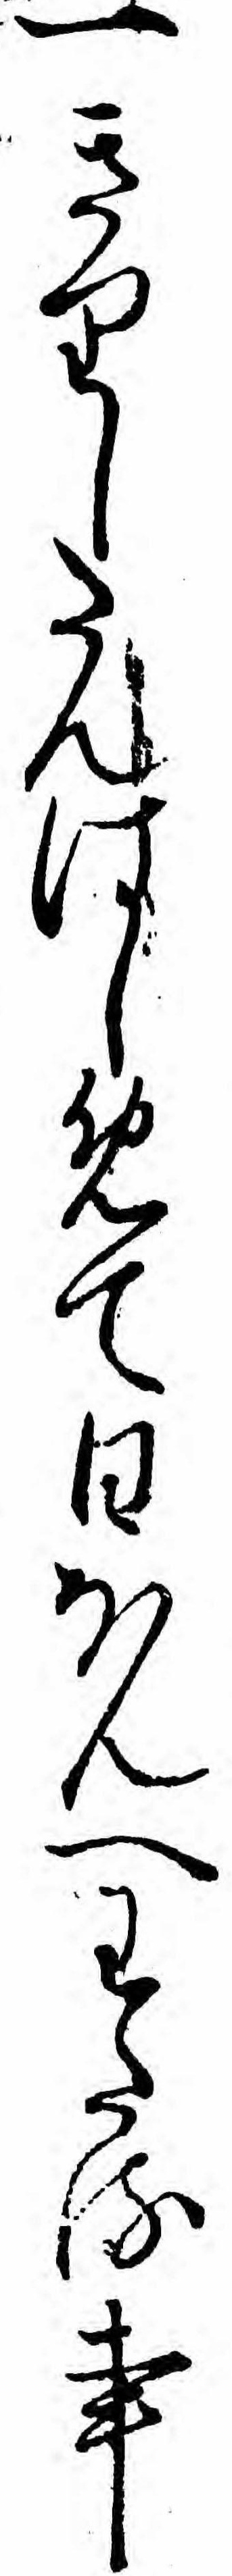
一きりしたんはしめて日ほんへわたる事